Source: Handwritten
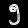
Digit: ၅ (5)